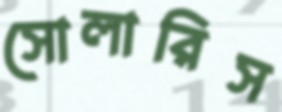
সোলারিস